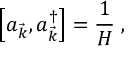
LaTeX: \left[ a _ { \vec { k } } , a _ { \vec { k } } ^ { \dagger } \right] = { \frac { 1 } { H } } \; ,